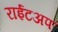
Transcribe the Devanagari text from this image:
राईटअप